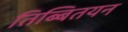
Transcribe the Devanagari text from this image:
तिब्बितयन